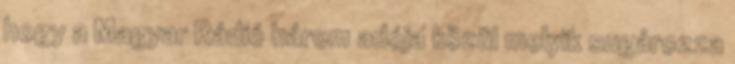
hogy a Magyar Rádió három adója közül melyik sugározza